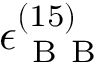
\epsilon _ { \mathrm { ~ B ~ B ~ } } ^ { ( 1 5 ) }